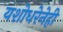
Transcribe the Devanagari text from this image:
यशोधरेनेही